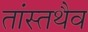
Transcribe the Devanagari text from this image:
तांस्तथैव